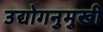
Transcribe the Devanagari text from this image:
उद्योगनुमुखी